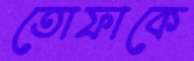
তোফাকে